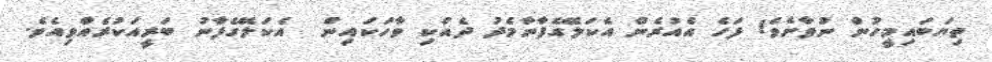
ތިޔަބައިމީހުން ނުވާށެވެ! ފަހެ އެއުރެން އެކަލޭގެފާނާމެދު ދެއްކި ވާހަކައިން  އެކަލޭގެފާނު ބަރީއަކުރެއްވިއެވެ.